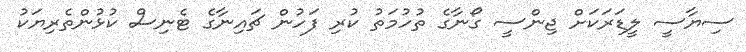
ސިޔާސީ ލީޑަރަކަށް ޖިންސީ ގޯނާގެ ތުހުމަތު ކުރި ފަހުން ޗައިނާގެ ޓެނިސް ކުޅުންތެެރިޔަކު